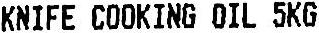
KNIFE COOKING OIL 5KG